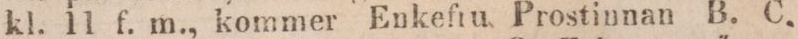
kl. 11 f. m., kommer Enkefiu Prostinnan B. C.